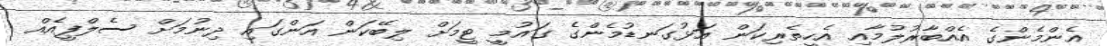
އެންމެންގެ އެއްބާރުލުމާއި އެހީތެރިކަން އަޅުގަނޑުމެންގެ ގައުމީ ޓީމަށް ލިބޭކަން އަންގައި ދިނުމަށް ސެލްފީއެއް